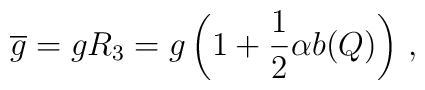
\overline g = g R_3=         g \left(1+{1\over 2} \alpha b(Q) \right)\,,